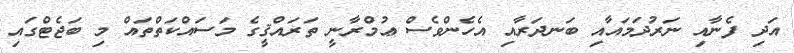
އަދި ފެނާއި ނަރުދަމައާއި ބަނދަރާއި އެހެންވެސް ޢުމްރާނީ ތަރައްޤީގެ މަސައްކަތްތައް މި ބަޖެޓްގައި